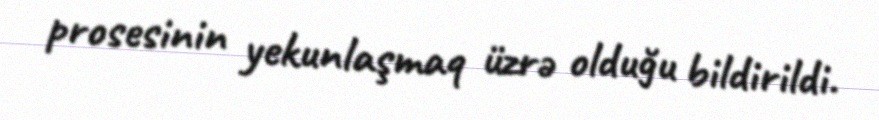
prosesinin yekunlaşmaq üzrə olduğu bildirildi.